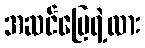
အဆင်ပြေရဲ့လား